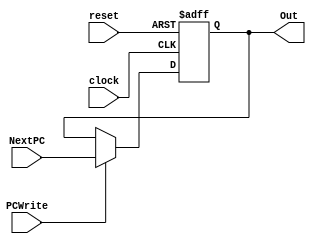
`timescale 1ns / 1ps
//////////////////////////////////////////////////////////////////////////////////
// Company: 
// Engineer: 
// 
// Design Name: 
// Module Name: ProgramCounter
// Project Name: 
// Target Devices: 
// Tool Versions: 
// Description: 
// 
// Dependencies: 
// 
// Revision:
// Revision 0.01 - File Created
// Additional Comments:
// 
//////////////////////////////////////////////////////////////////////////////////



module ProgramCounter #(parameter DIGIT = 32)(clock, reset, NextPC, PCWrite, Out);
	input clock;
	input reset;
	input      [DIGIT - 1 : 0] NextPC;
	input PCWrite;
	
	output reg [DIGIT - 1 : 0] Out;

	initial 
	begin
		Out = 'b0;
	end
	
	always @(posedge clock or posedge reset)
	begin 
		if(reset) 
			Out <= 'b0;
		else 
		begin
			if (PCWrite) 
				Out <= NextPC;
			else 
				Out <= Out;
		end
	end
endmodule